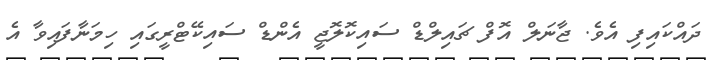
ދައްކައިފި އެވެ. ޖާނަލް އޮފް ޗައިލްޑް ސައިކޮލޮޖީ އެންޑް ސައިކޭޓްރީގައި ހިމަނާފައިވާ އެ